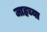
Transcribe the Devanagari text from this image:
जाहच्या